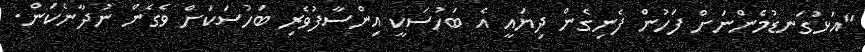
"އަޅުގަނޑުމެންނަށް ފަހުން ފެނިގެން ދިޔައީ އެ ބަހުސަކީ އިންސާފުވެރި ބަހުސަކަށް ވެގެން ނުދާނެކަން.